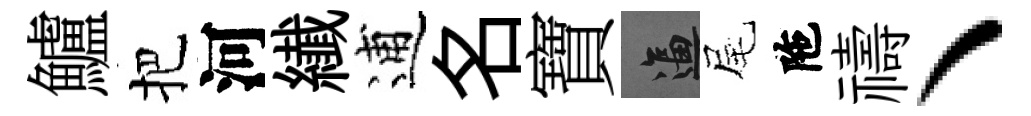
鱸把河纎逋名寶逼尾陁禱丶